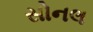
સોનલ